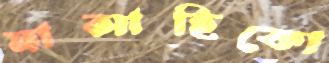
মাসাহিকো